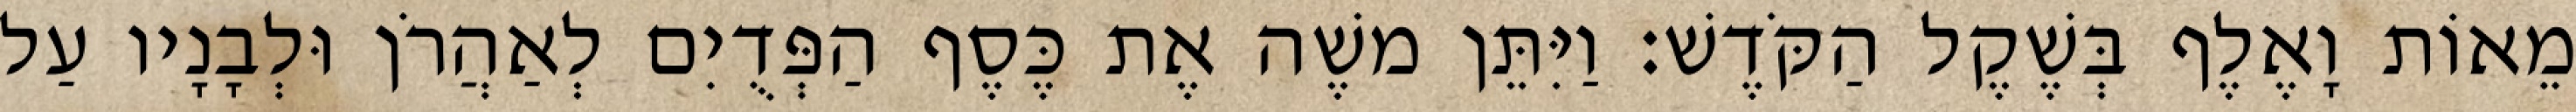
מֵאוֹת וָאֶלֶף בְּשֶׁקֶל הַקֹּדֶשׁ׃ וַיִּתֵּן משֶׁה אֶת כֶּסֶף הַפְּדֻיִם לְאַהֲרֹן וּלְבָנָיו עַל